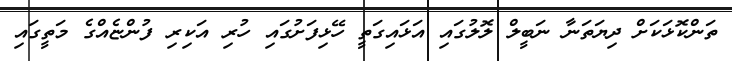
ތަންކޮޅަކަށް ދިޔަތަނާ ނަބީލް ލޮލުގައި އަޅައިގަތީ ހޭޅިފަށުގައި ހުރި އަކިރި ފުންޏެއްގެ މަތީގައި